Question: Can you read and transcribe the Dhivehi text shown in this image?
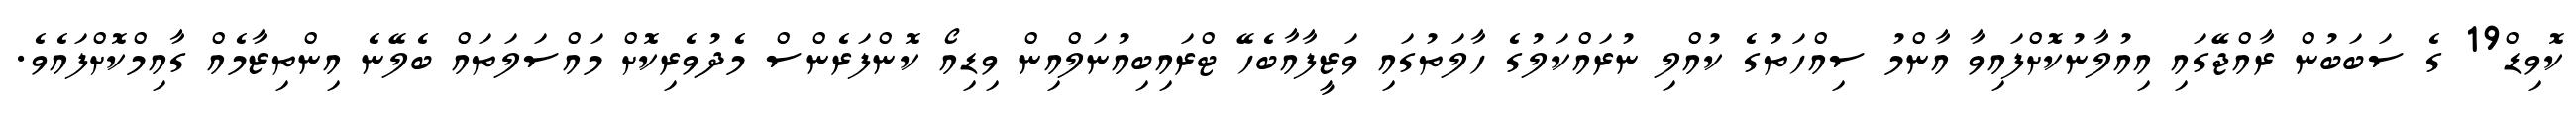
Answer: ކޮވިޑް19 ގެ ސަބަބުން ރާއްޖޭގައި އިއުލާނުކޮށްފައިވާ އާންމު ސިއްހަތުގެ ކުއްލި ނުރައްކަލުގެ ހާލަތުގައި ވަޒީފާއާބެހޭ ޓްރައިބިއުނަލްއިން ވިޑިއޯ ކޮންފަރެންސް މެދުވެރިކޮށް މައްސަލަތައް ބެލޭނެ އިންތިޒާމެއް ގާއިމްކޮށްފައެވެ.